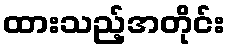
ထားသည့်အတိုင်း